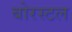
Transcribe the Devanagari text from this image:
बोरस्टल